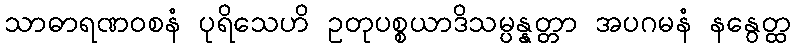
သာဓာရဏဝစနံ ပုရိသေဟိ ဥတုပစ္စယာဒိသမ္ပန္နတ္တာ အပဂမနံ နနွေတ္ထ